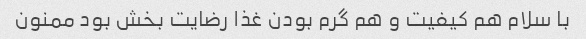
با سلام هم کیفیت و هم گرم بودن غذا رضایت بخش بود ممنون